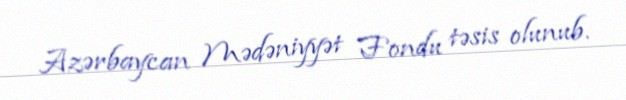
Azərbaycan Mədəniyyət Fondu təsis olunub.